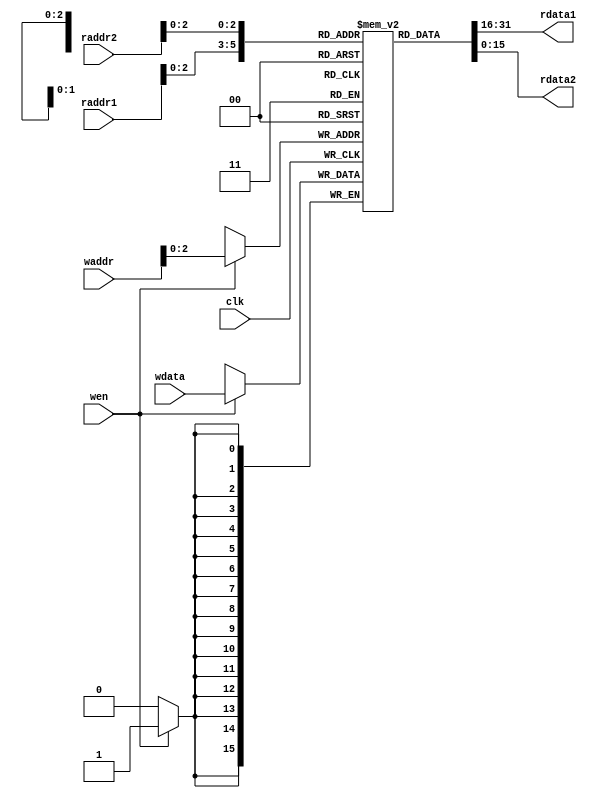
module register_file(
  input clk,
  input [3:0] raddr1,
  input [3:0] raddr2,
  input [3:0] waddr,
  input [15:0] wdata,
  input wen,
  output reg [15:0] rdata1,
  output reg [15:0] rdata2
);

  reg [15:0] registers [0:7];

  always @(*) begin
    rdata1 = registers[raddr1];
    rdata2 = registers[raddr2];
  end

  always @(posedge clk) begin
    if (wen) begin
      registers[waddr] <= wdata;
    end
  end

endmodule